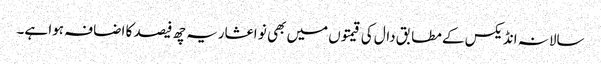
سالانہ انڈیکس کے مطابق دال کی قیمتوں میں بھی نو اعشاریہ چھ فیصد کا اضافہ ہوا ہے۔